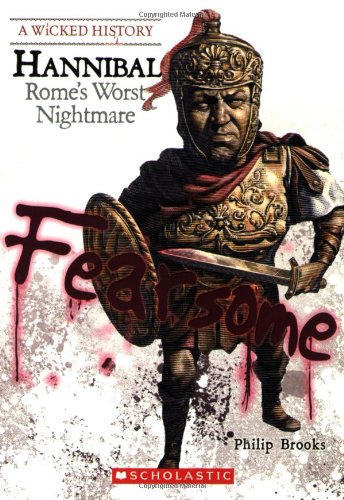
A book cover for Hannibal: Rome's Worst Nightmare (Wicked History); Philip Brooks; Teen & Young Adult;